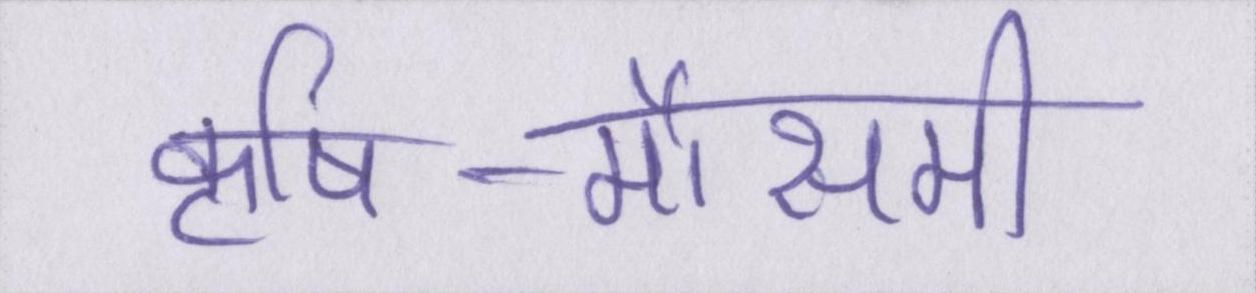
कृषि-मौसमी